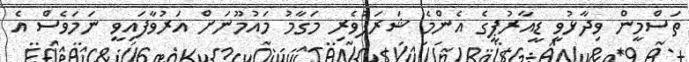
ތަސްމީން ވިދާޅުވީ ޑީއާރުޕީގެ އެންމެ ޝަރަފުވެރި މަގާމު މައުމޫނަށް އަރުވާފައިވީ ނަމަވެސް އެ